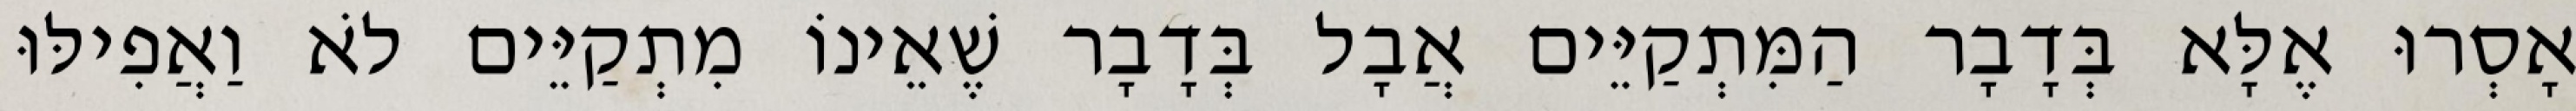
אָסְרוּ אֶלָּא בְּדָבָר הַמִּתְקַיֵּים אֲבָל בְּדָבָר שֶׁאֵינוֹ מִתְקַיֵּים לֹא וַאֲפִילּוּ